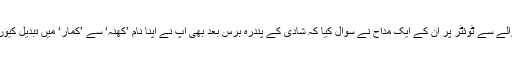
تاہم اسی حوالے سے ٹوئٹر پر ان کے ایک مداح نے سوال کیا کہ شادی کے پندرہ برس بعد بھی آپ نے اپنا نام ’کھنہ‘ سے ’کمار‘ میں تبدیل کیوں نہیں کیا ؟